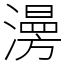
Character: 澷